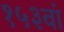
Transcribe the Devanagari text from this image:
१५३वां